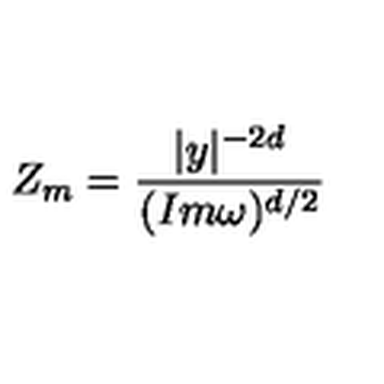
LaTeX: Z _ { m } = \frac { | y | ^ { - 2 d } } { ( I m \omega ) ^ { d / 2 } }